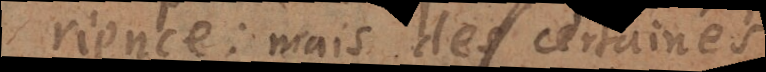
l’experience: mais de certaines